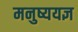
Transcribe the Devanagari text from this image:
मनुष्ययज्ञ